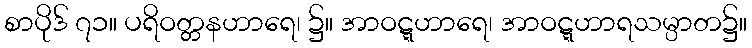
စာပိုဒ် ၇၁။ ပရိဝတ္တနဟာရေ၊ ၌။ အာဝဋ္ဋဟာရေ၊ အာဝဋ္ဋဟာရသမ္ပာတ၌။